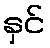
နှင်